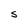
Character: S